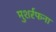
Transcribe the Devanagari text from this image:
मुशर्रफना